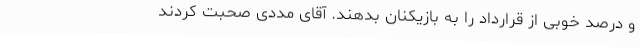
و درصد خوبی از قرارداد را به بازیکنان بدهند. آقای مددی صحبت کردند